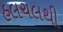
હલચલથી